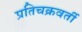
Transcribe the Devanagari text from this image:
प्रतिचक्रवर्ती